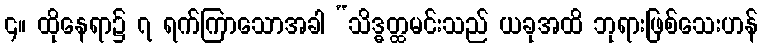
၄။ ထိုနေရာ၌ ၇ ရက်ကြာသောအခါ “သိဒ္ဓတ္ထမင်းသည် ယခုအထိ ဘုရားဖြစ်သေးဟန်